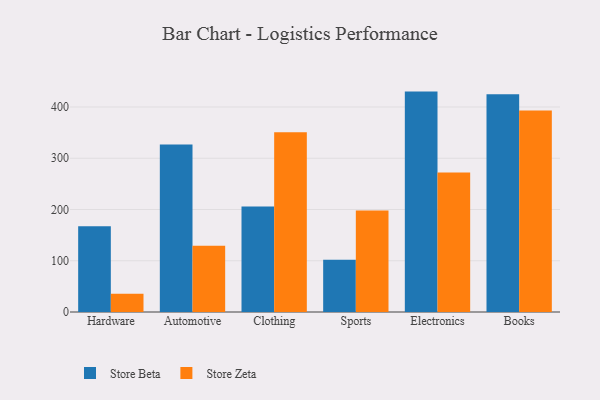
{"axis": {"x": "Category", "y": "Conversion Rate (%)"}, "legend": ["Store Beta", "Store Zeta"], "data": [{"x": "Hardware", "y": 167.5, "type": "Store Beta"}, {"x": "Hardware", "y": 35.4, "type": "Store Zeta"}, {"x": "Automotive", "y": 326.9, "type": "Store Beta"}, {"x": "Automotive", "y": 129.2, "type": "Store Zeta"}, {"x": "Clothing", "y": 205.9, "type": "Store Beta"}, {"x": "Clothing", "y": 350.6, "type": "Store Zeta"}, {"x": "Sports", "y": 101.7, "type": "Store Beta"}, {"x": "Sports", "y": 197.9, "type": "Store Zeta"}, {"x": "Electronics", "y": 430.0, "type": "Store Beta"}, {"x": "Electronics", "y": 272.0, "type": "Store Zeta"}, {"x": "Books", "y": 424.7, "type": "Store Beta"}, {"x": "Books", "y": 393.2, "type": "Store Zeta"}]}